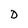
Character: D